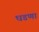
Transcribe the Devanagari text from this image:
घडणा